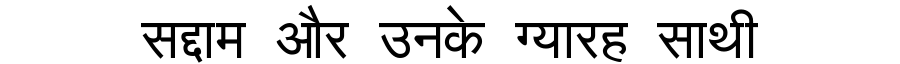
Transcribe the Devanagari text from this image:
सद्दाम और उनके ग्यारह साथी